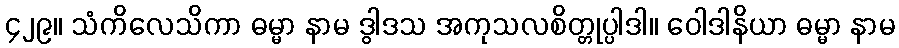
၄၂၉။ သံကိလေသိကာ ဓမ္မာ နာမ ဒွါဒသ အကုသလစိတ္တုပ္ပါဒါ။ ဝေါဒါနိယာ ဓမ္မာ နာမ